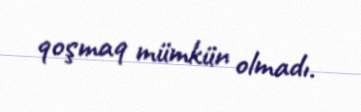
qoşmaq mümkün olmadı.